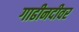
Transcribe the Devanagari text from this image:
गाढीनदीवर